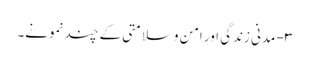
۳- مدنی زندگی اور امن وسلامتی کے چند نمونے۔